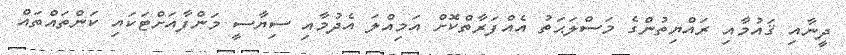
ދީނާއި ޤައުމާއި ރައްޔިތުންގެ މަސްލަޙަތު އެއްފަރާތްކޮށް އަމިއްލަ އެދުމާއި ސިޔާސީ މަންފާއަށްޓަކައި ކަންތައްތައް